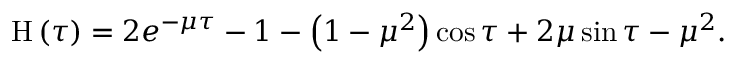
\mathrm { H } \left( \tau \right) = 2 e ^ { - \mu \tau } - 1 - \left( { 1 - \mu ^ { 2 } } \right) \cos \tau + 2 \mu \sin \tau - \mu ^ { 2 } .